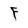
Character: F